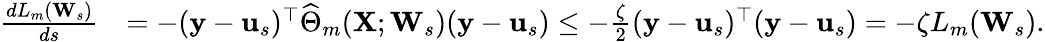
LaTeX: \begin{array}{rl}{\frac{dL_{m}(\mathbf{W}_{s})}{ds}}&{=-(\mathbf{y}-\mathbf{u}_{s})^{\top}\widehat\Theta_{m}(\mathbf{X};\mathbf{W}_{s})(\mathbf{y}-\mathbf{u}_{s})\leq-\frac{\zeta}{2}(\mathbf{y}-\mathbf{u}_{s})^{\top}(\mathbf{y}-\mathbf{u}_{s})=-\zeta L_{m}(\mathbf{W}_{s}).}\end{array}